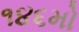
૧૪૬મો